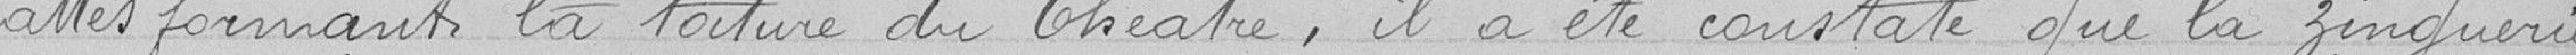
lattes formant la toiture du Théâtre, il a été constaté que la zinguerie